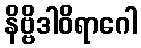
နိဗ္ဗိဒါဝိရာဂေါ